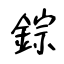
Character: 錝